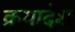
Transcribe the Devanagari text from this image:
क्रयादेश